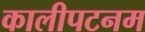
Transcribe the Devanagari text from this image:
कालीपटनम